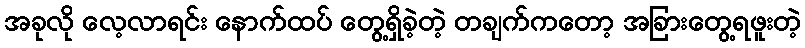
အခုလို လေ့လာရင်း နောက်ထပ် တွေ့ရှိခဲ့တဲ့ တချက်ကတော့ အခြားတွေ့ရဖူးတဲ့